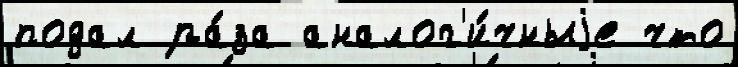
подал ра́за аналог'и́чныjе что